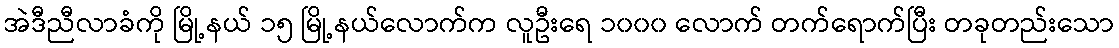
အဲဒီညီလာခံကို မြို့နယ် ၁၅ မြို့နယ်လောက်က လူဦးရေ ၁၀၀၀ လောက် တက်ရောက်ပြီး တခုတည်းသော